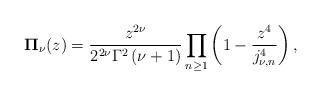
LaTeX: \begin{align*}\mathbf{\Pi }_{{\nu }}(z)=\frac{z^{2{\nu }}}{2^{2{\nu }}\Gamma^{2}\left(\nu+1\right)}\prod_{n\geq1}\left( 1-\frac{z^{4}}{j_{{\nu },n}^{4}}\right) , \end{align*}